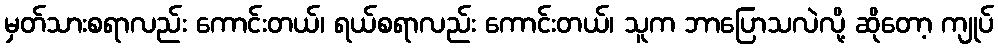
မှတ်သားစရာလည်း ကောင်းတယ်၊ ရယ်စရာလည်း ကောင်းတယ်၊ သူက ဘာပြောသလဲလို့ ဆိုတော့ ကျုပ်